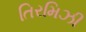
તિરમિઝી